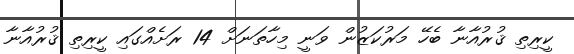
ކީރިތި ޤުރުއާނާ ބެހޭ މަރުކަޒުން ވަނީ މިހާތަނަށް 14 ރަށެއްގައި ކީރިތި ޤުރުއާނާ